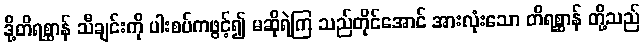
ဒို့တိရစ္ဆာန် သီချင်းကို ပါးစပ်ကဖွင့်၍ မဆိုရဲကြ သည်တိုင်အောင် အားလုံးသော တိရစ္ဆာန် တို့သည်